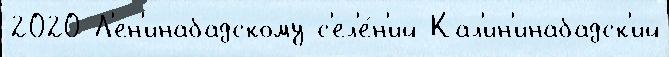
2020 Л'ен'инабадскому с'ел'е́н'ий Кал'ин'инабадск'ий